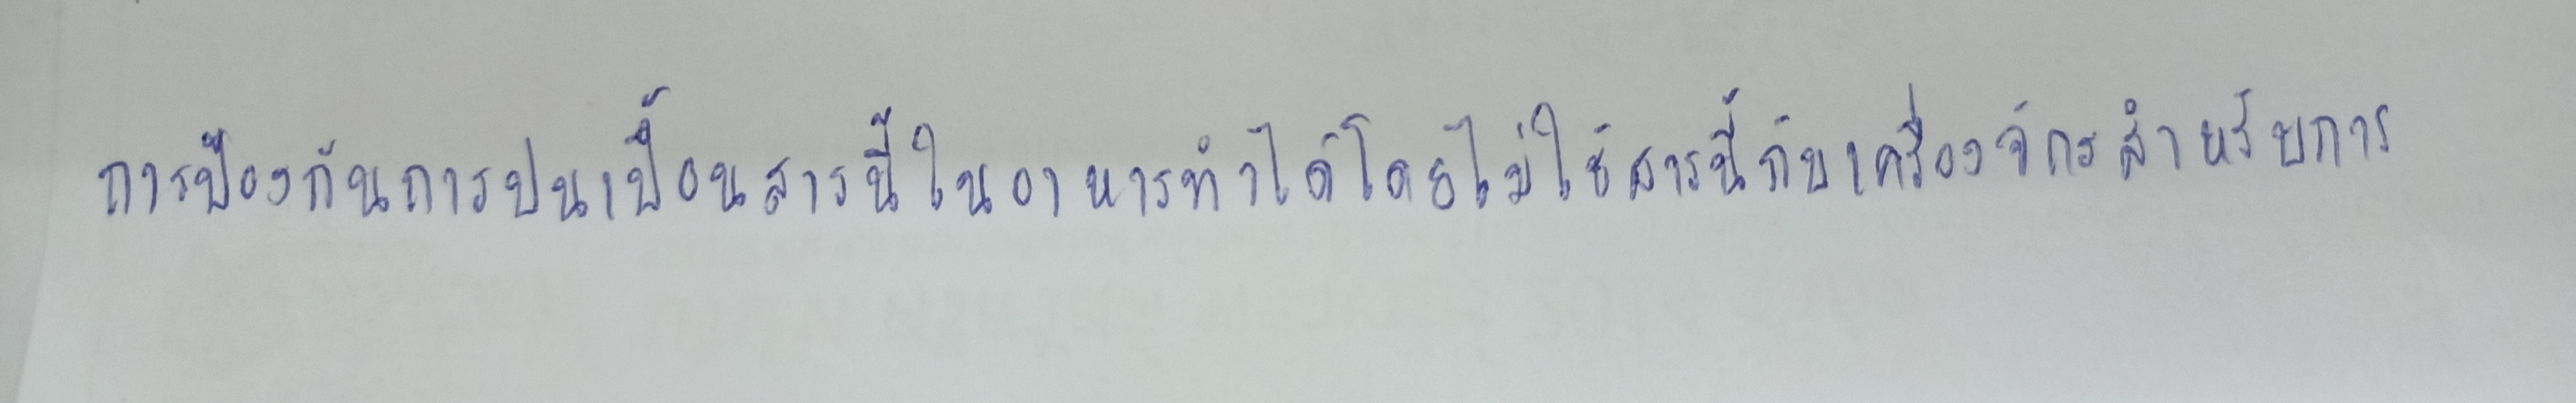
การป้องกันการปนเปื้อนสารนี้ในอาหารทำได้โดยไม่ใช้สารนี้กับเครื่องจักรสำหรับการ